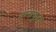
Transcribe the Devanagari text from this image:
कन्फ़्यूज़ड